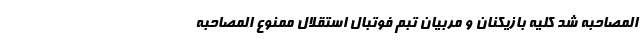
المصاحبه شد کلیه بازیکنان و مربیان تبم فوتبال استقلال ممنوع المصاحبه